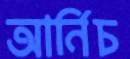
আর্নিচ